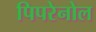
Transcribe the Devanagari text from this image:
पिपरेनोल